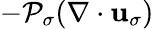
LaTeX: -{\cal P}_{\sigma}(\nabla\cdot{\mathbf u}_{\sigma})